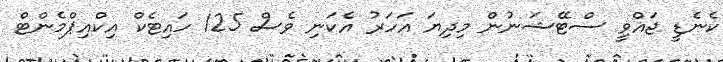
ކެނެޑީ ޖައްވީ ސްޓޭޝަނުން މިދިޔަ އަހަރު އެކަނި ވެސް 125 ހައިޓެކް އިކްއިޕްމެންޓް